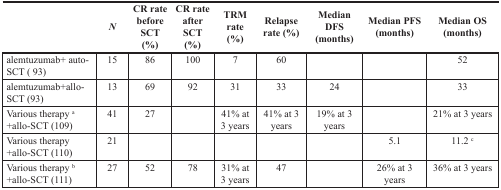
<table><thead><tr><td></td><td><b><i>N</i></b></td><td><b>CR rate before SCT (%)</b></td><td><b>CR rate after SCT (%)</b></td><td><b>TRM rate (%)</b></td><td><b>Relapse rate (%)</b></td><td><b>Median DFS (months)</b></td><td><b>Median PFS (months)</b></td><td><b>Median OS (months)</b></td></tr></thead><tbody><tr><td>alemtuzumab+ auto-SCT ( 93)</td><td>15</td><td>86</td><td>100</td><td>7</td><td>60</td><td></td><td></td><td>52</td></tr><tr><td>alemtuzumab+allo-SCT (93)</td><td>13</td><td>69</td><td>92</td><td>31</td><td>33</td><td>24</td><td></td><td>33</td></tr><tr><td>Various therapy <sup>a</sup> +allo-SCT (109)</td><td>41</td><td>27</td><td></td><td>41% at 3 years</td><td>41% at 3 years</td><td>19% at 3 years</td><td></td><td>21% at 3 years</td></tr><tr><td>Various therapy +allo-SCT (110)</td><td>21</td><td></td><td></td><td></td><td></td><td></td><td>5.1</td><td>11.2 <sup>c</sup></td></tr><tr><td>Various therapy <sup>b</sup> +allo-SCT (111)</td><td>27</td><td>52</td><td>78</td><td>31% at 3 years</td><td>47</td><td></td><td>26% at 3 years</td><td>36% at 3 years</td></tr></tbody></table>